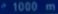
*1000m